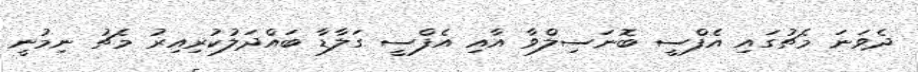
ދެވަނަ މެޗުގައި އެފްސީ ބޮނަސިލްވާ އާއި އެފްސީ ގަލާޑާ ބައްދަލުކުރިއިރު މެޗު ނިމުނީ